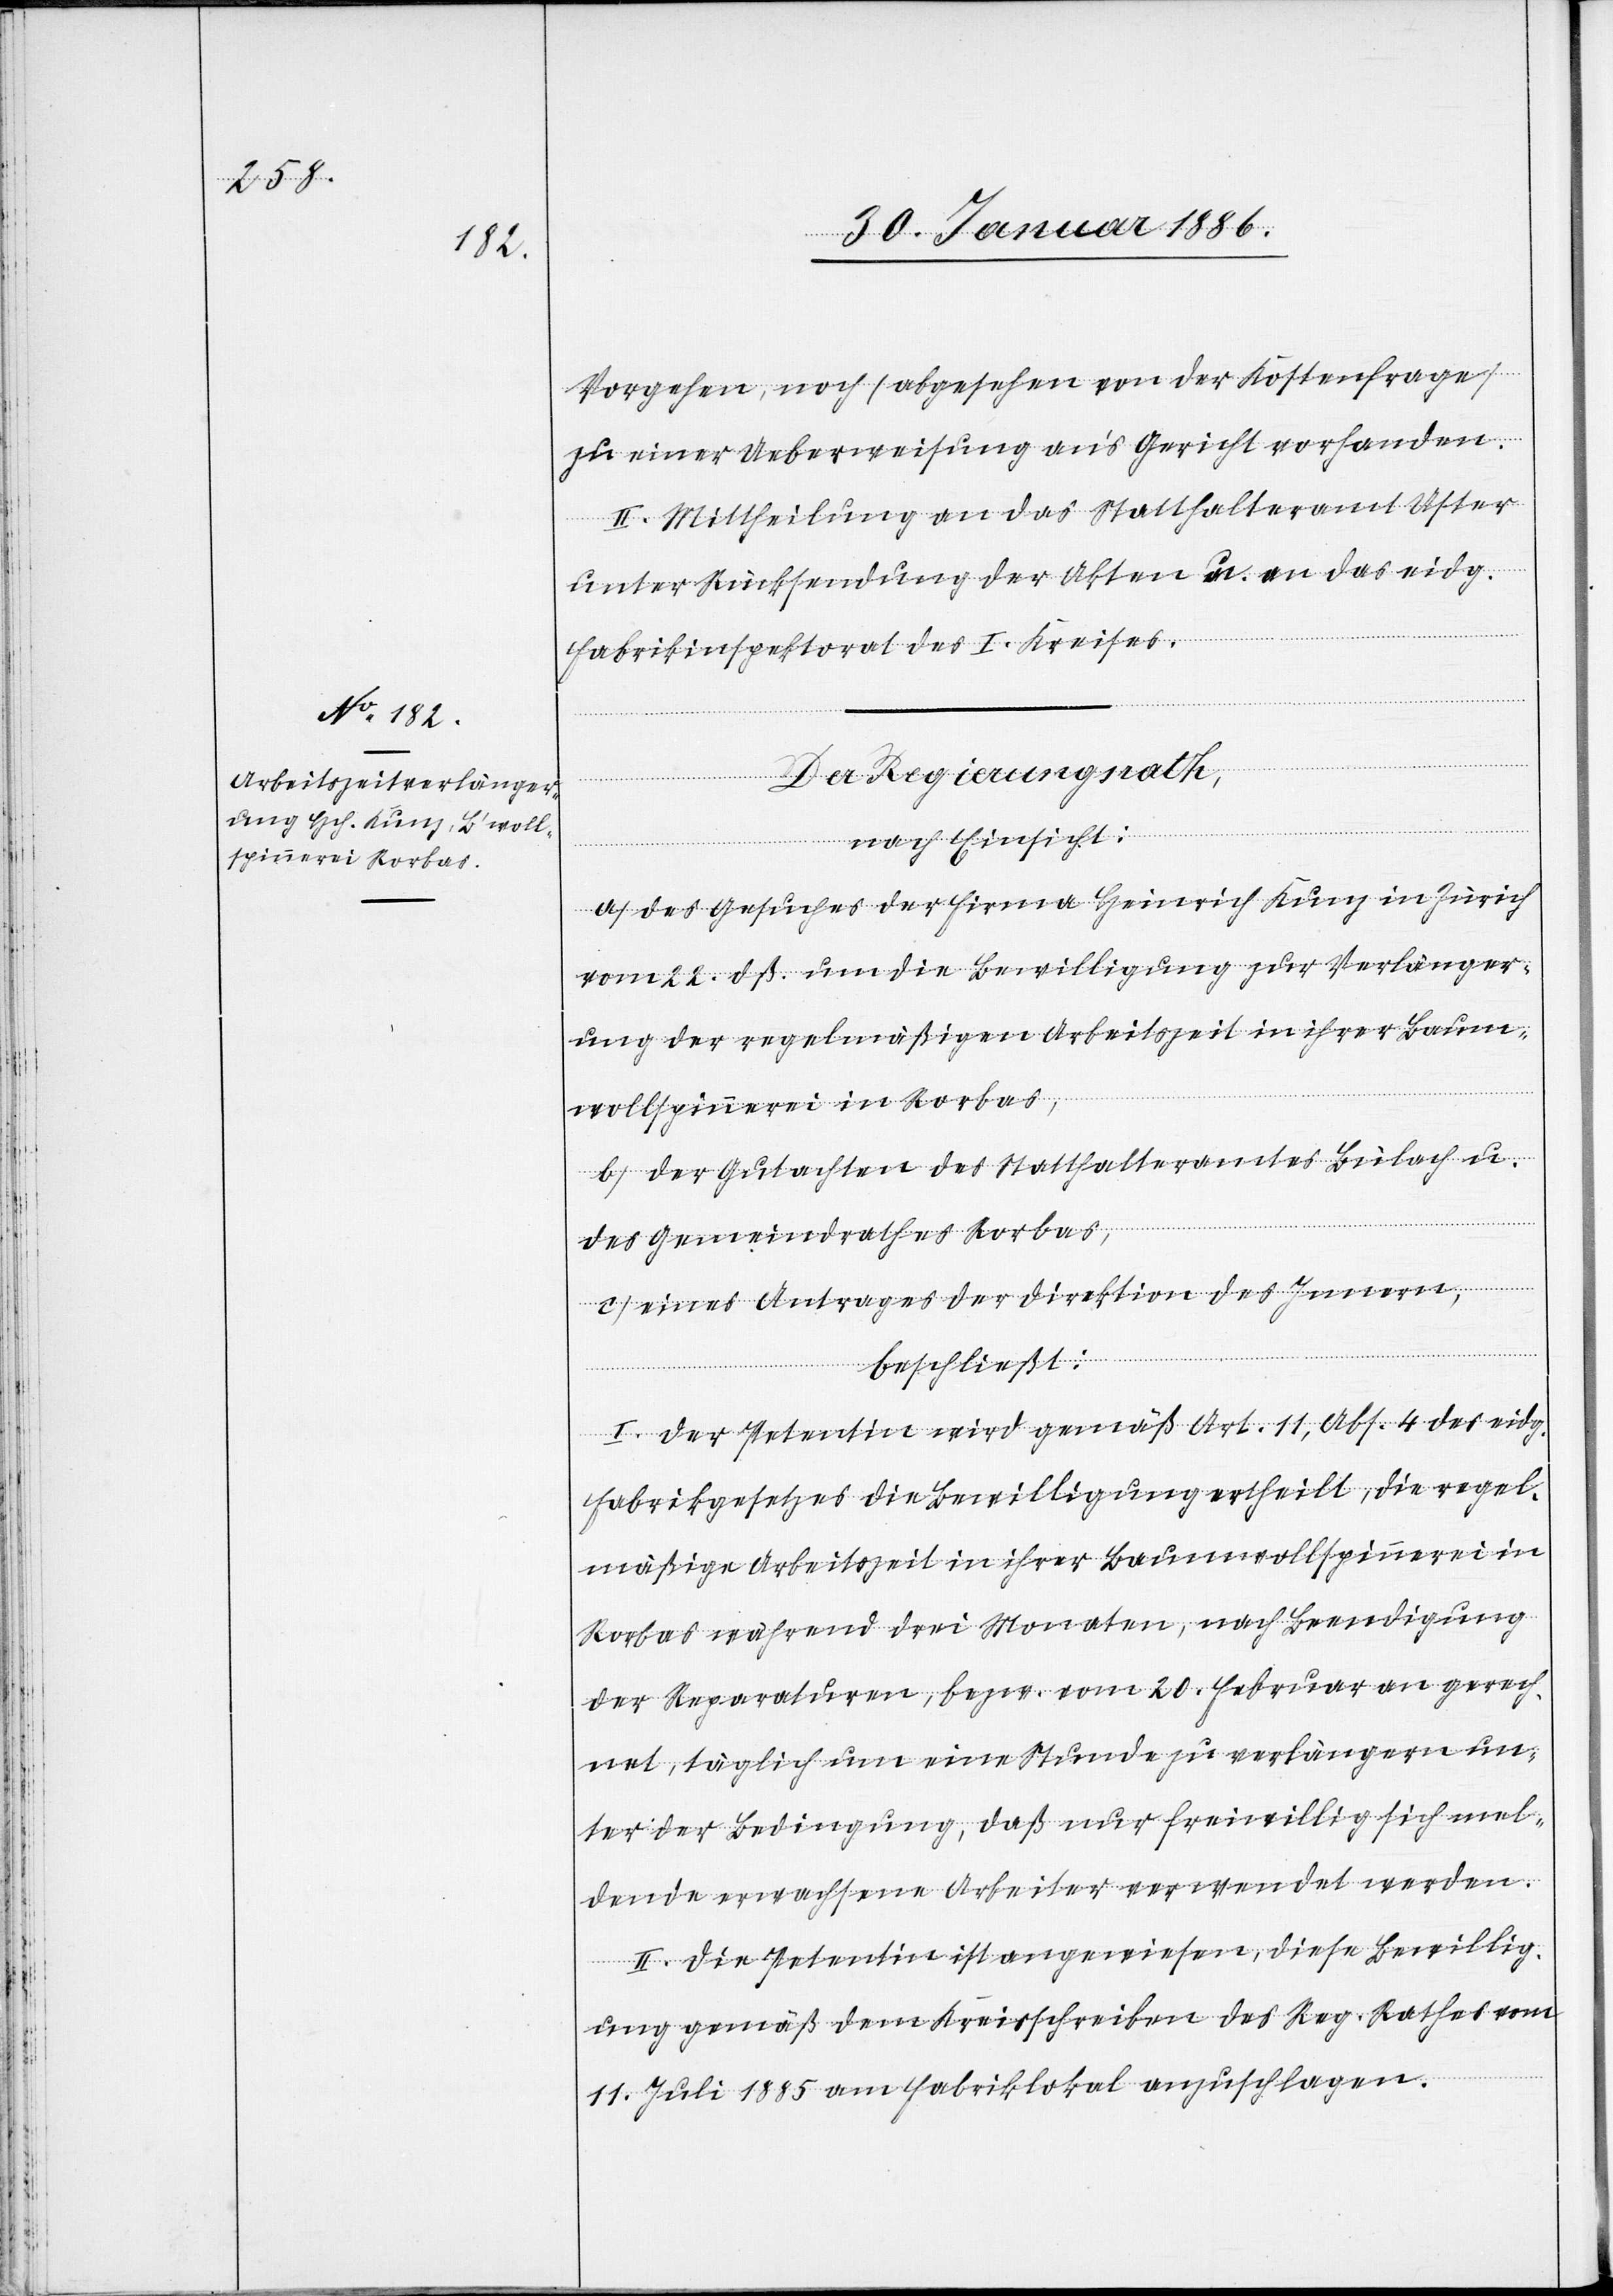
Vorgehen, noch (abgesehen von der Kostenfrage)
zu einer Ueberweisung an’s Gericht vorhanden.
II. Mittheilung an das Statthalteramt Uster
unter Rücksendung der Akten u. an das eidg.
Fabrikinspektorat des I. Kreise.
Regierungsrath,
nach Einsicht:
a) des Gesuches der Firma Heinrich Kunz in Zürich
vom 22. dß. um die Bewilligung zur Verlänger¬
ung der regelmäßigen Arbeitszeit in ihrer Baum¬
wollspinnerei in Rorbas,
b) der Gutachten des Statthalteramtes Bülach u.
des Gemeindrathes Rorbas,
c) eines Antrages der Direktion des Innern,
beschließt:
I. Der Petentin wird gemäß Art. 11, Abs. 4 des eidg.
Fabrikgesetzes die Bewilligung ertheilt, die regel¬
mäßige Arbeitszeit in ihrer Baumwollspinnerei in
Rorbas während drei Monaten, nach Beendigung
der Reparaturen, bezw. vom 20. Februar an gerech¬
net, täglich um eine Stunde zu verlängern un¬
ter der Bedingung, daß nur freiwillig sich mel¬
dende erwachsene Arbeiter verwendet werden.
II. Die Petentin ist angewiesen, diese Bewillig¬
ung gemäß dem Kreisschreiben des Reg. Rathes vom
11. Juli 1885 am Fabriklokal anzuschlagen.